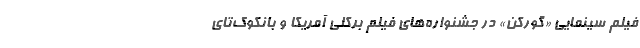
فیلم سینمایی «گورکن» در جشنواره‌های فیلم برکلی آمریکا و بانکوک‌تای